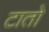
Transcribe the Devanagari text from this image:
टातो